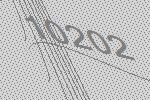
10202